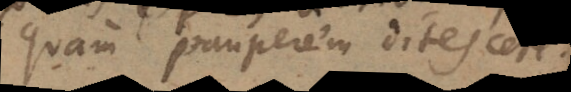
quam pauperem ditescere.